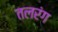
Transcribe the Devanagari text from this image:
तलरंग